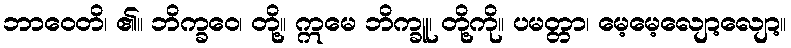
ဘာဝေတိ၊ ၏။ ဘိက္ခဝေ၊ တို့။ ဣမေ ဘိက္ခူ၊ တို့ကို။ ပမတ္တာ၊ မေ့မေ့လျော့လျော့။